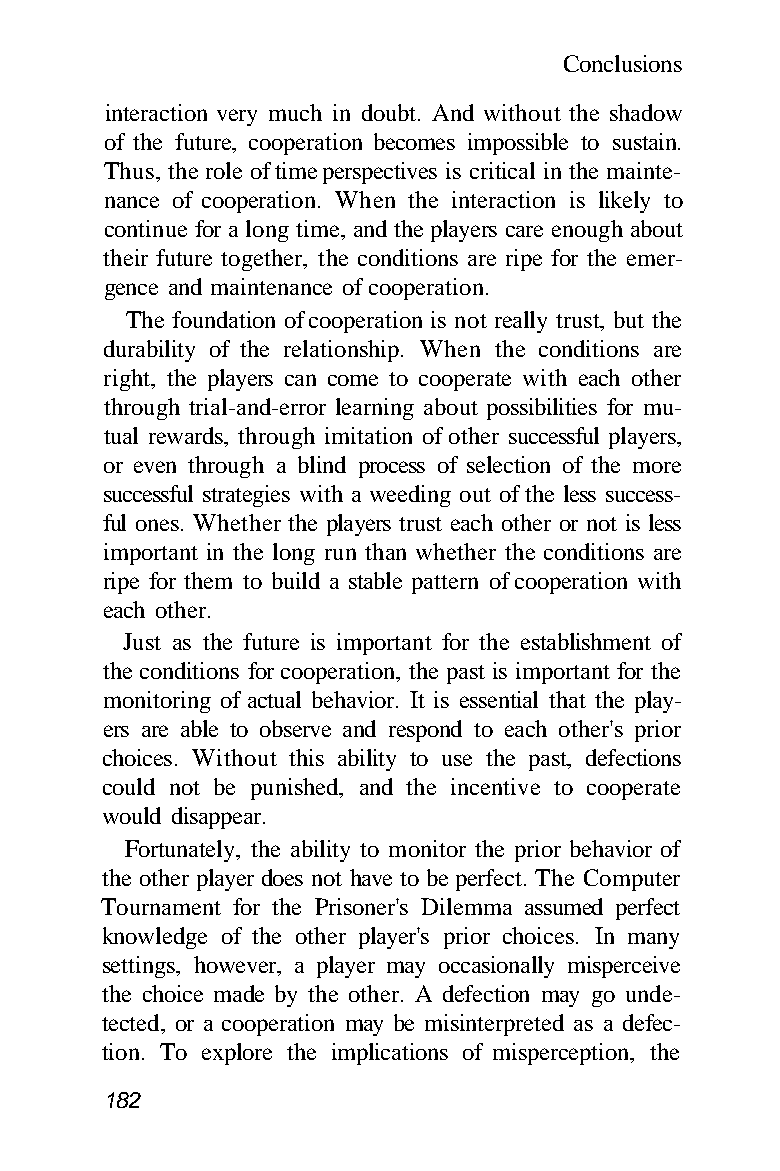
Conclusions
 interaction very much in doubt. And without the shadow
 of the future, cooperation becomes impossible to sustain.
 Thus, the role of time perspectives is critical in the mainte-
 nance of cooperation. When the interaction is likely to
 continue for a long time, and the players care enough about
 their future together, the conditions are ripe for the emer-
 gence and maintenance of cooperation.
 The foundation of cooperation is not really trust, but the
 durability of the relationship. When the conditions are
 right, the players can come to cooperate with each other
 through trial-and-error learning about possibilities for mu-
 tual rewards, through imitation of other successful players,
 or even through a blind process of selection of the more
 successful strategies with a weeding out of the less success-
 ful ones. Whether the players trust each other or not is less
 important in the long run than whether the conditions are
 ripe for them to build a stable pattern of cooperation with
 each other.
 Just as the future is important for the establishment of
 the conditions for cooperation, the past is important for the
 monitoring of actual behavior. It is essential that the play-
 ers are able to observe and respond to each other's prior
 choices. Without this ability to use the past, defections
 could not be punished, and the incentive to cooperate
 would disappear.
 Fortunately, the ability to monitor the prior behavior of
 the other player does not have to be perfect. The Computer
 Tournament for the Prisoner's Dilemma assumed perfect
 knowledge of the other player's prior choices. In many
 settings, however, a player may occasionally misperceive
 the choice made by the other. A defection may go unde-
 tected, or a cooperation may be misinterpreted as a defec-
 tion. To explore the implications of misperception, the
 182